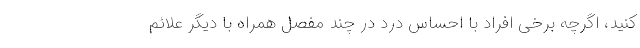
کنید، اگرچه برخی افراد با احساس درد در چند مفصل همراه با دیگر علائم